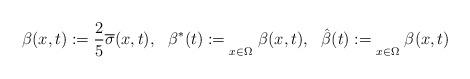
LaTeX: \begin{align*}\beta(x,t):= \frac{2}{5} \overline{\sigma}(x,t), \ \ \beta^*(t):= \underset{x \in \Omega}{}\ {\beta}(x,t),\ \ \hat{\beta}(t):= \underset{x \in \Omega}{}\ {\beta}(x,t)\end{align*}